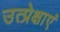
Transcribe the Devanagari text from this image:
उत्प्रेक्षाएं